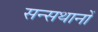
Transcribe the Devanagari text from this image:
सन्सथानों